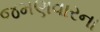
જમણવારના